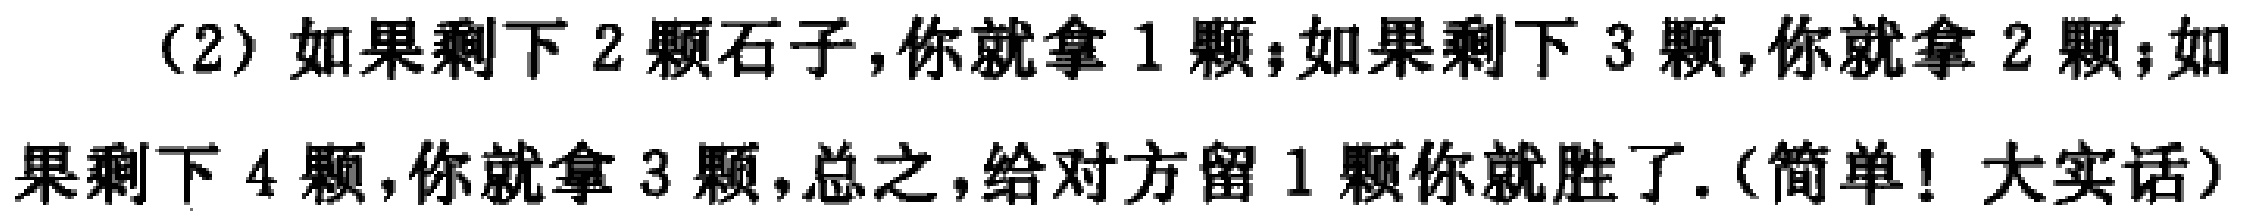
（2）如果剩下 2 颗石子，你就拿 1 颗；如果剩下 3 颗，你就拿 2 颗；如果剩下 4 颗，你就拿 3 颗，总之，给对方留 1 颗你就胜了.（简单！大实话）